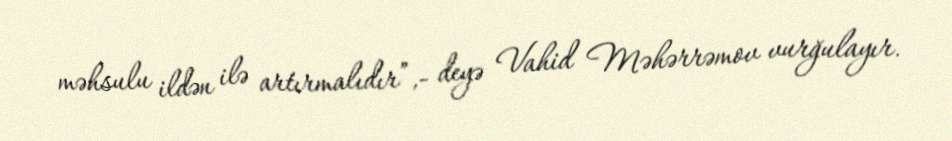
məhsulu ildən ilə artırmalıdır”,- deyə Vahid Məhərrəmov vurğulayır.